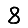
Digit: 8